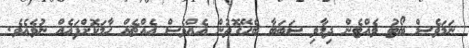
ނަމަވެސް ބޯޓު ވެއްޓެން ދިމާވި ސަބަބާ ބެހޭގޮތުން އެއްވެސް އެއްޗެއް ހާމަކޮށްފައެއް ނުވެއެވެ.